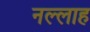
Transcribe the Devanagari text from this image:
नल्‍लाह